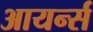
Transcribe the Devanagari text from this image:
आयर्न्स